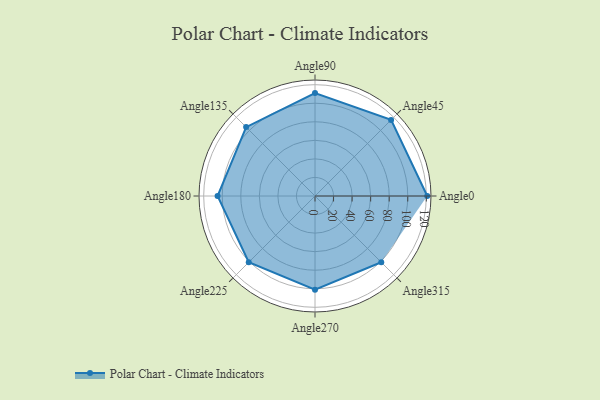
{"axis": {"x": "Angle", "y": "Radius"}, "legend": [""], "data": [{"x": "Angle0", "y": 121.0, "type": ""}, {"x": "Angle45", "y": 116.0, "type": ""}, {"x": "Angle90", "y": 111.0, "type": ""}, {"x": "Angle135", "y": 105.0, "type": ""}, {"x": "Angle180", "y": 105.0, "type": ""}, {"x": "Angle225", "y": 101.0, "type": ""}, {"x": "Angle270", "y": 101.0, "type": ""}, {"x": "Angle315", "y": 101.0, "type": ""}]}